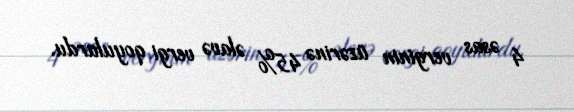
4 əsas verginin üzərinə 45% əlavə vergi qoyulurdu.